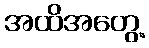
အထိအတွေ့